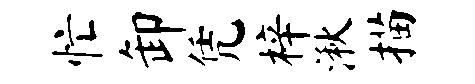
忙卸凭梓湫描